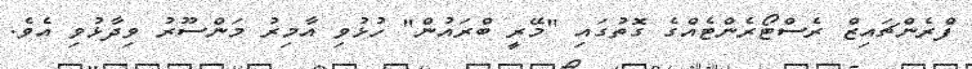
ފްރެންޗައިޒް ރެސްޓޯރެންޓެއްގެ ގޮތުގައި "މޭރީ ބްރައުން" ހުޅުވި އާމިރު މަންސޫރު ވިދާޅުވި އެވެ.